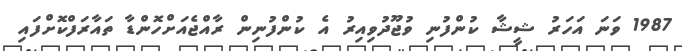
1987 ވަނަ އަހަރު ޝީޝާ ކުންފުނި ވުޖޫދުވިއިރު އެ ކުންފުނިން ރާއްޖެއަށްހޮންޑާ ތައާރަފްކޮށްފައި